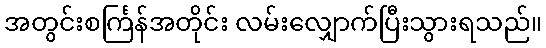
အတွင်းစင်္ကြန်အတိုင်း လမ်းလျှောက်ပြီးသွားရသည်။